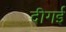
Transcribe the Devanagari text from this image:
दीगई